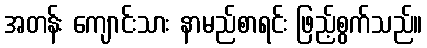
အတန်း ကျောင်းသား နာမည်စာရင်း ဖြည့်စွက်သည်။